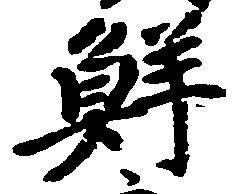
鮮